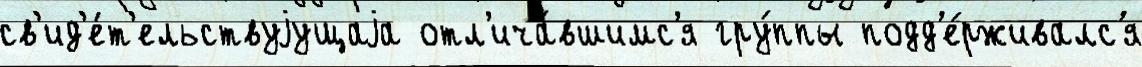
св'ид'е́т'ельствуjущаjа отл'ича́вшимс'я гру́ппы подд'е́рживалс'я